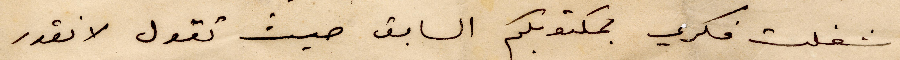
شغلت فكري بمكتوبكم السابق حيث تقول لا نقدر